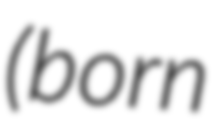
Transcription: (born